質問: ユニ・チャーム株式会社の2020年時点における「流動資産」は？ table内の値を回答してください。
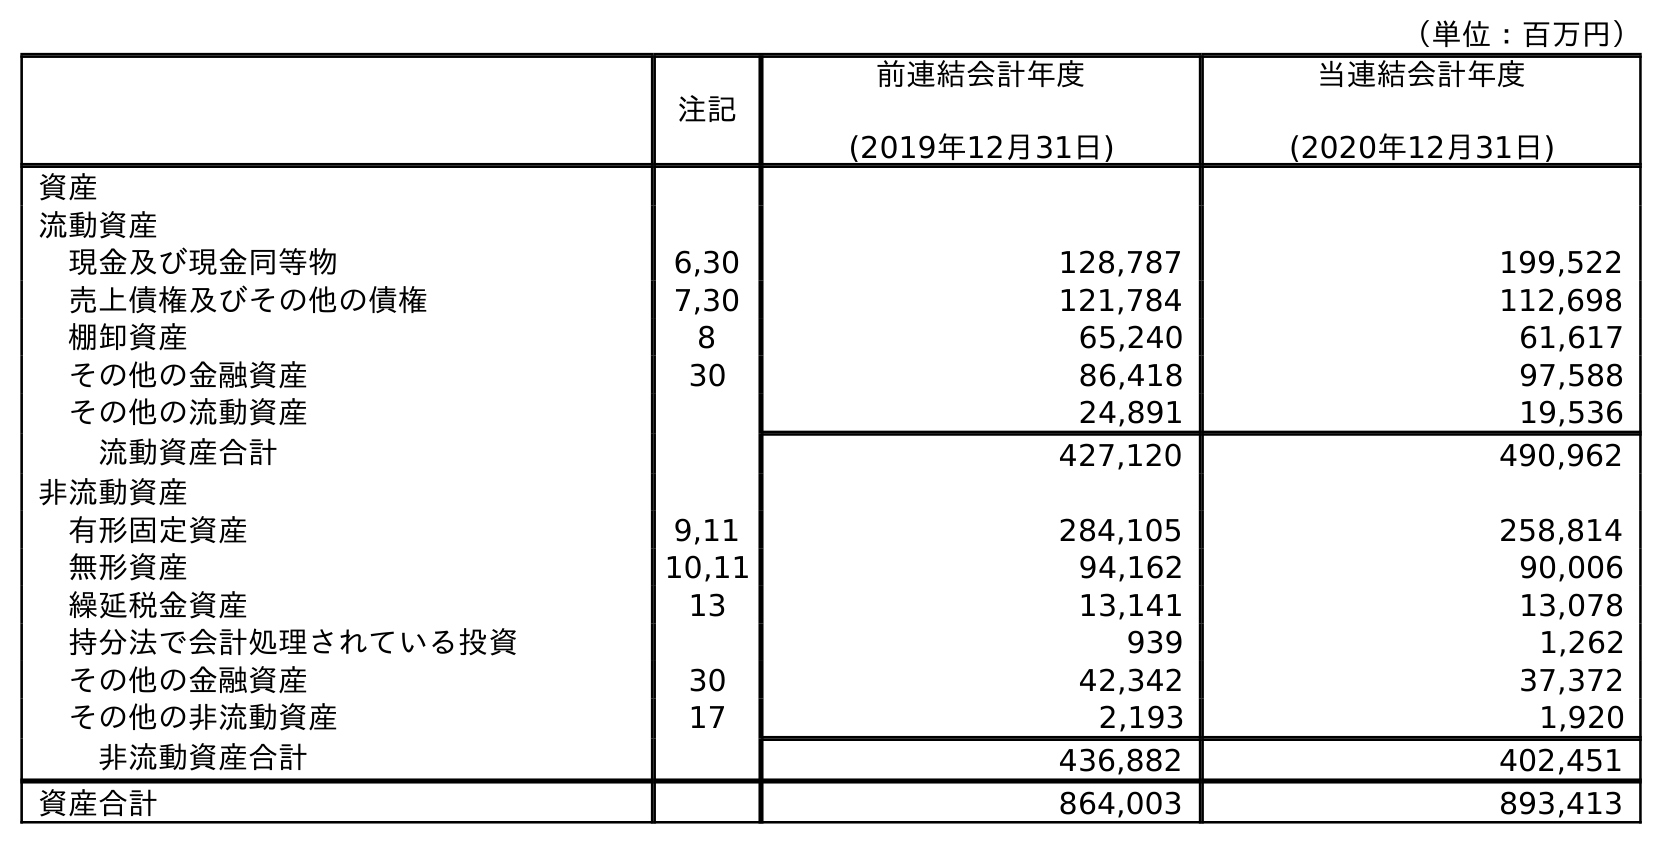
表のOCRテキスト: （単位：百万円） 注記 前連結会計年度 (2019年12月31日) 当連結会計年度 (2020年12月31日) 資産 流動資産 現金及び現金同等物 6,30 128,787 199,522 売上債権及びその他の債権 7,30 121,784 112,698 棚卸資産 8 65,240 61,617 その他の金融資産 30 86,418 97,588 その他の流動資産 24,891 19,536 流動資産合計 427,120 490,962 非流動資産 有形固定資産 9,11 284,105 258,814 無形資産 10,11 94,162 90,006 繰延税金資産 13 13,141 13,078 持分法で会計処理されている投資 939 1,262 その他の金融資産 30 42,342 37,372 その他の非流動資産 17 2,193 1,920 非流動資産合計 436,882 402,451 資産合計 864,003 893,413
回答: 490,962